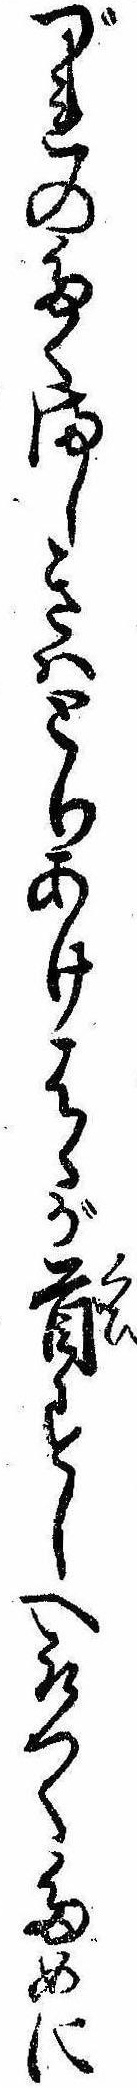
づれのたくましきはとりあけはゝが首すじへ取つくために